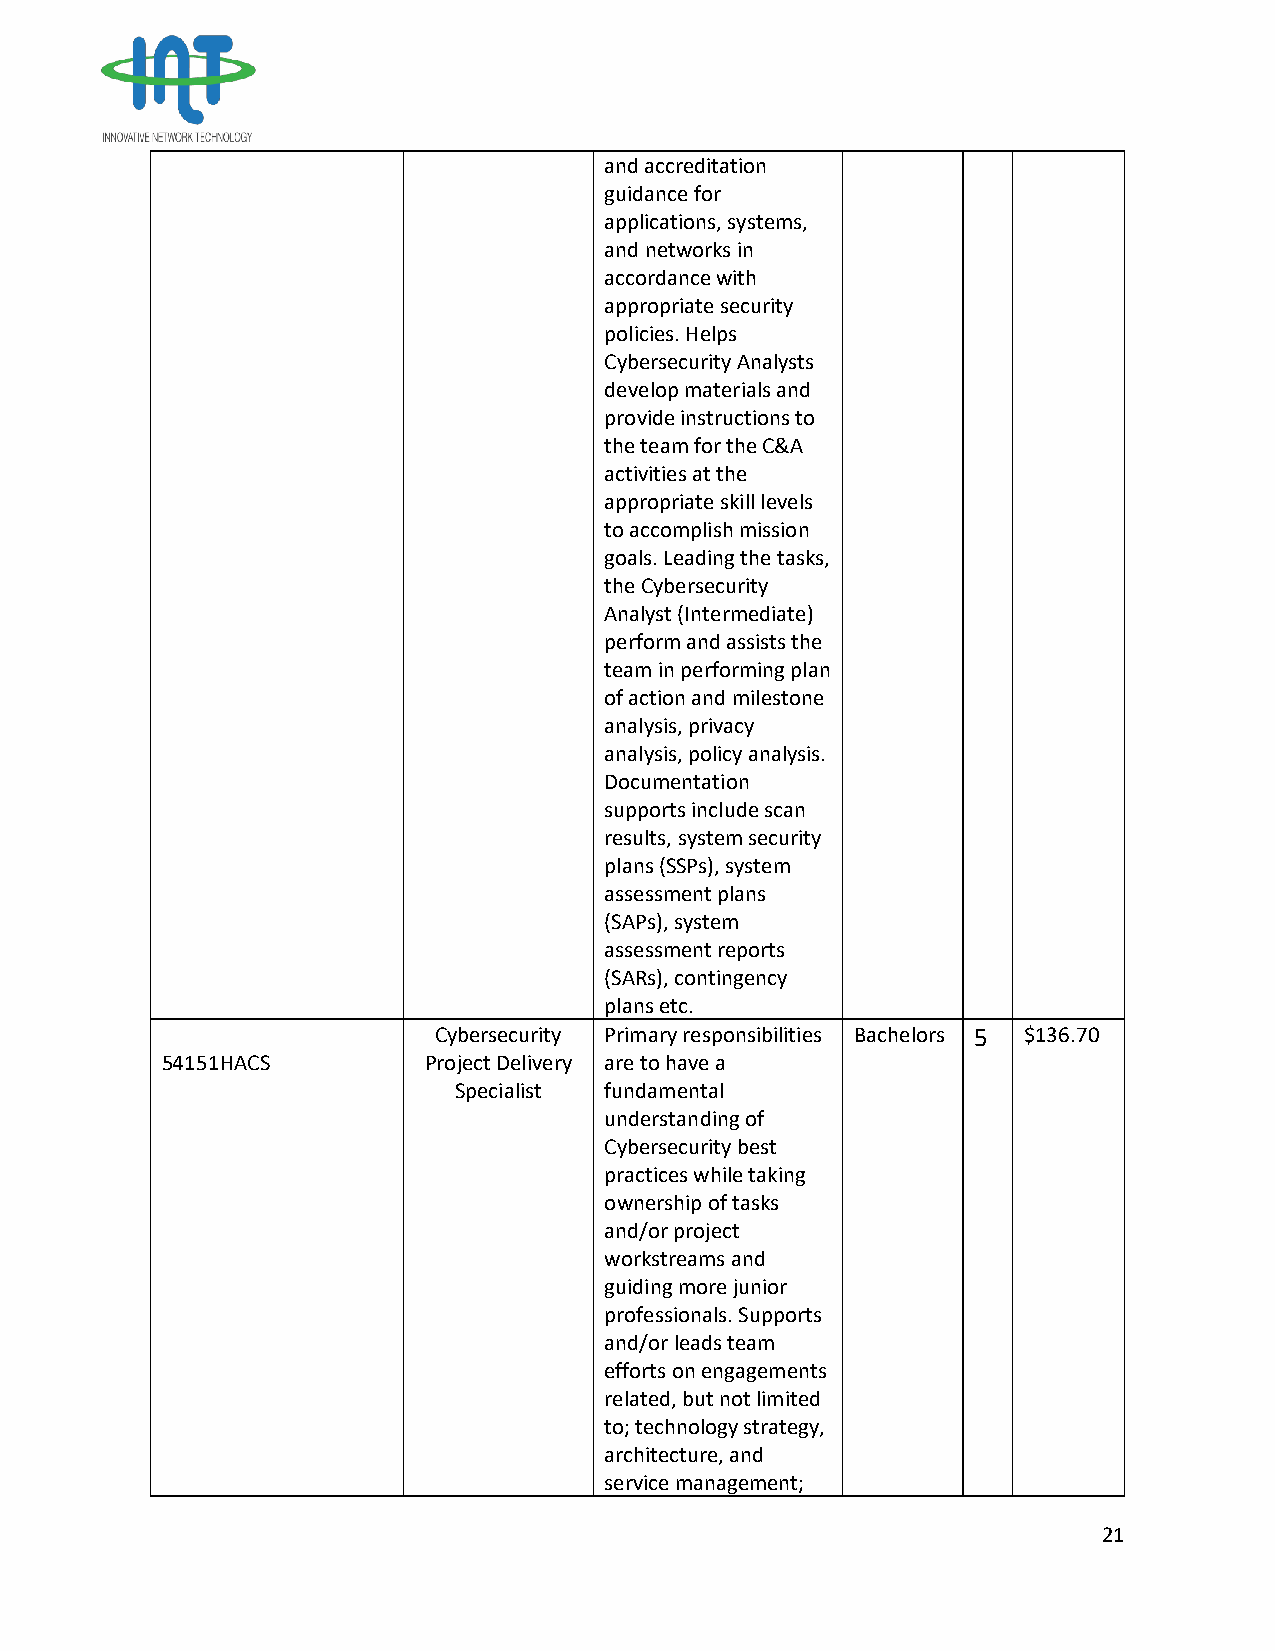
and accreditation
 guidance for
 applications, systems,
 and networks in
 accordance with
 appropriate security
 policies. Helps
 Cybersecurity Analysts
 develop materials and
 provide instructions to
 the team for the C&A
 activities at the
 appropriate skill levels
 to accomplish mission
 goals. Leading the tasks,
 the Cybersecurity
 Analyst (Intermediate)
 perform and assists the
 team in performing plan
 of action and milestone
 analysis, privacy
 analysis, policy analysis.
 Documentation
 supports include scan
 results, system security
 plans (SSPs), system
 assessment plans
 (SAPs), system
 assessment reports
 (SARs), contingency
 plans etc.
 Cybersecurity Primary responsibilities Bachelors 5 $136.70
 54151HACS        Project Delivery are to have a
 Specialist fundamental
 understanding of
 Cybersecurity best
 practices while taking
 ownership of tasks
 and/or project
 workstreams and
 guiding more junior
 professionals. Supports
 and/or leads team
 efforts on engagements
 related, but not limited
 to; technology strategy,
 architecture, and
 service management;
 21